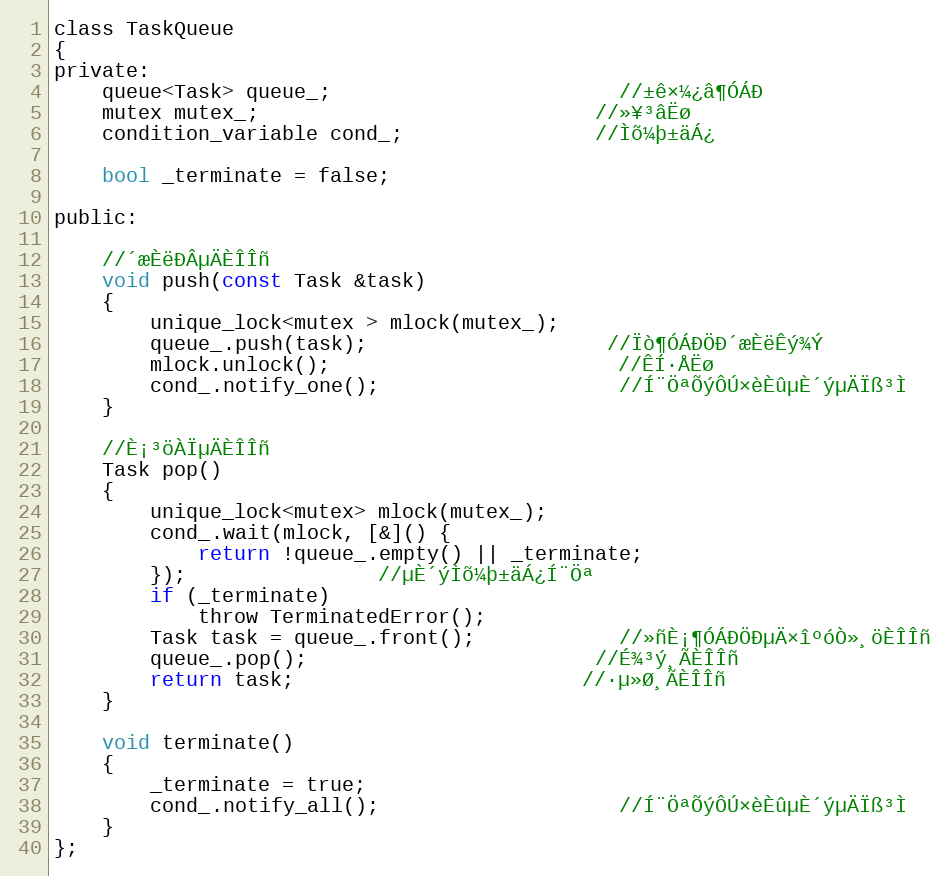
Language: C
class TaskQueue
{
private:
    queue<Task> queue_;						//±ê×¼¿â¶ÓÁÐ
    mutex mutex_;							//»¥³âËø
    condition_variable cond_;				//Ìõ¼þ±äÁ¿

    bool _terminate = false;

public:

    //´æÈëÐÂµÄÈÎÎñ
    void push(const Task &task)
    {
        unique_lock<mutex > mlock(mutex_);
        queue_.push(task);					//Ïò¶ÓÁÐÖÐ´æÈëÊý¾Ý
        mlock.unlock();						//ÊÍ·ÅËø
        cond_.notify_one();					//Í¨ÖªÕýÔÚ×èÈûµÈ´ýµÄÏß³Ì
    }

    //È¡³öÀÏµÄÈÎÎñ
    Task pop()
    {
        unique_lock<mutex> mlock(mutex_);
        cond_.wait(mlock, [&]() {
            return !queue_.empty() || _terminate;
        });				//µÈ´ýÌõ¼þ±äÁ¿Í¨Öª
        if (_terminate)
            throw TerminatedError();
        Task task = queue_.front();			//»ñÈ¡¶ÓÁÐÖÐµÄ×îºóÒ»¸öÈÎÎñ
        queue_.pop();						//É¾³ý¸ÃÈÎÎñ
        return task;						//·µ»Ø¸ÃÈÎÎñ
    }

    void terminate()
    {
        _terminate = true;
        cond_.notify_all();					//Í¨ÖªÕýÔÚ×èÈûµÈ´ýµÄÏß³Ì
    }
};